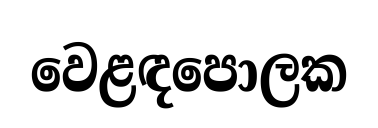
වෙළඳපොලක